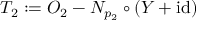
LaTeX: T _ { 2 } : = O _ { 2 } - N _ { p _ { 2 } } \circ ( Y + \mathrm { i d } )